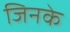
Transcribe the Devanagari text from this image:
जिनके